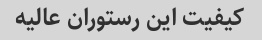
کیفیت این رستوران عالیه